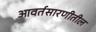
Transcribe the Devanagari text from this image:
आवर्तसारणीतील